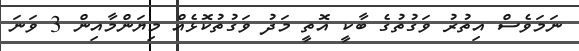
ނަމަވެސް އިތުރު ވަގުތުގެ ބާކީ އޮތީ މަދު ވަގުތުކޮޅެއް މިޔަންމާއިން 3 ވަނަ